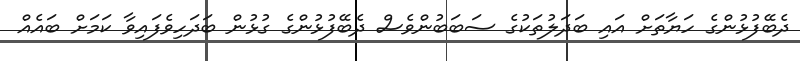
ދެބޭފުޅުންގެ ހަޔާތަށް އައި ބަދަލުތަކުގެ ސަބަބުންވެސް ދެބޭފުޅުންގެ ގުޅުން ބަދަހިވެފައިވާ ކަމަށް ބައެއް